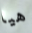
هيا